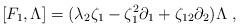
LaTeX: \begin{align*}[F_1, \Lambda] = (\lambda_2\zeta_1-\zeta^2_1 \partial_1+\zeta_{12}\partial_2) \Lambda \; ,\end{align*}